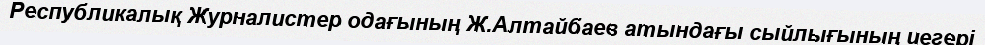
Республикалық Журналистер одағының Ж.Алтайбаев атындағы сыйлығының иегері